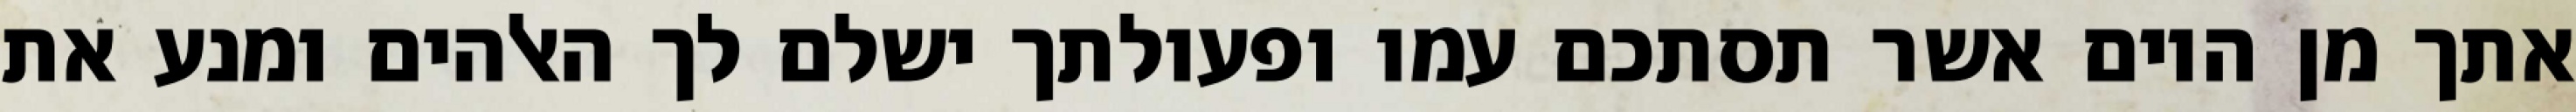
אתך מן היום אשר תסתכם עמו ופעולתך ישלם לך האלהים ומנע את